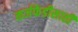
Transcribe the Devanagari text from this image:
कर्जफेडीसाठी